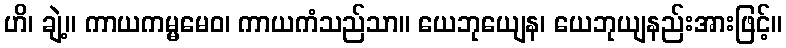
ဟိ၊ ချဲ့။ ကာယကမ္မမေဝ၊ ကာယကံသည်သာ။ ယေဘုယျေန၊ ယေဘုယျနည်းအားဖြင့်။